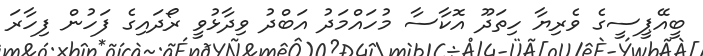
ބީއޭޕީސީގެ ވެރިޔާ ހިތަދޫ އޮކާސާ މުހައްމަދު އަބްދު ވިދާޅުވީ ރޯދައިގެ ފަހުން ފިހާރަ